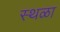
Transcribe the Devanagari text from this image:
स्थळा